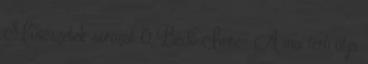
Művészetek sorozat 0 Bedő Imre- A mai férfi útja